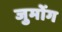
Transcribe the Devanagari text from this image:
जुमोंग